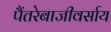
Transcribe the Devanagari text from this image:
पैंतरेबाजीवर्साय